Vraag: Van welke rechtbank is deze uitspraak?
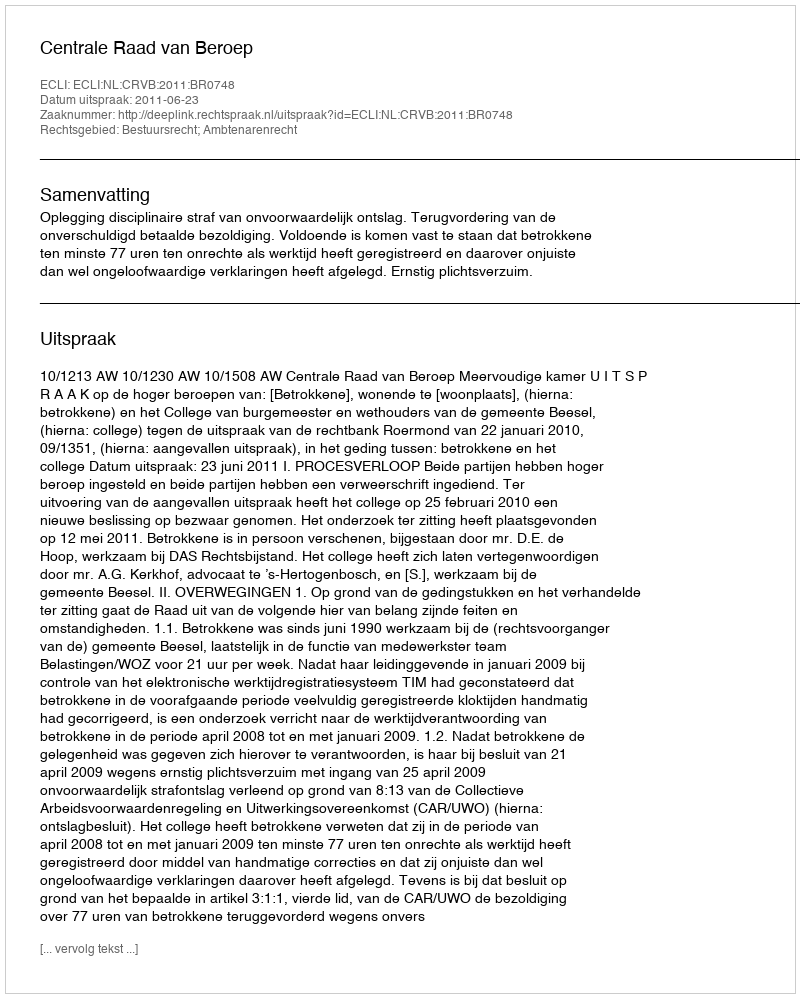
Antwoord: Centrale Raad van Beroep